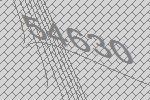
54630